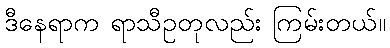
ဒီနေရာက ရာသီဥတုလည်း ကြမ်းတယ်။